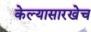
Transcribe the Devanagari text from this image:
केल्यासारखेच